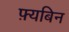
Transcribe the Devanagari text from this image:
फ़्यबिन